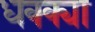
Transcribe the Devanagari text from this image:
धक्क्या